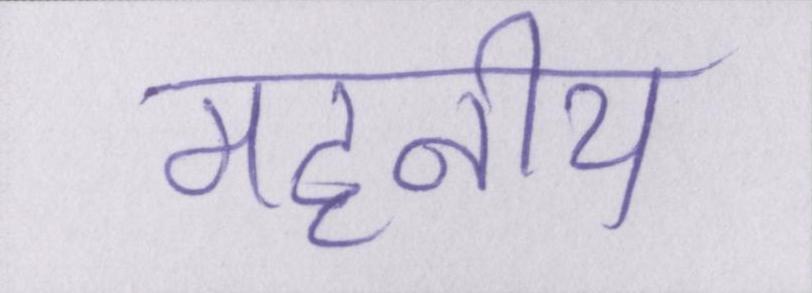
महनीय